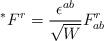
LaTeX: \begin{align*}^{\ast }F^r=\frac{\epsilon ^{ab}}{\sqrt{W}}F^r_{ab} \end{align*}